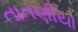
તાતણીયા